Jaan_Tonisson_(Lasteleht), lk 327
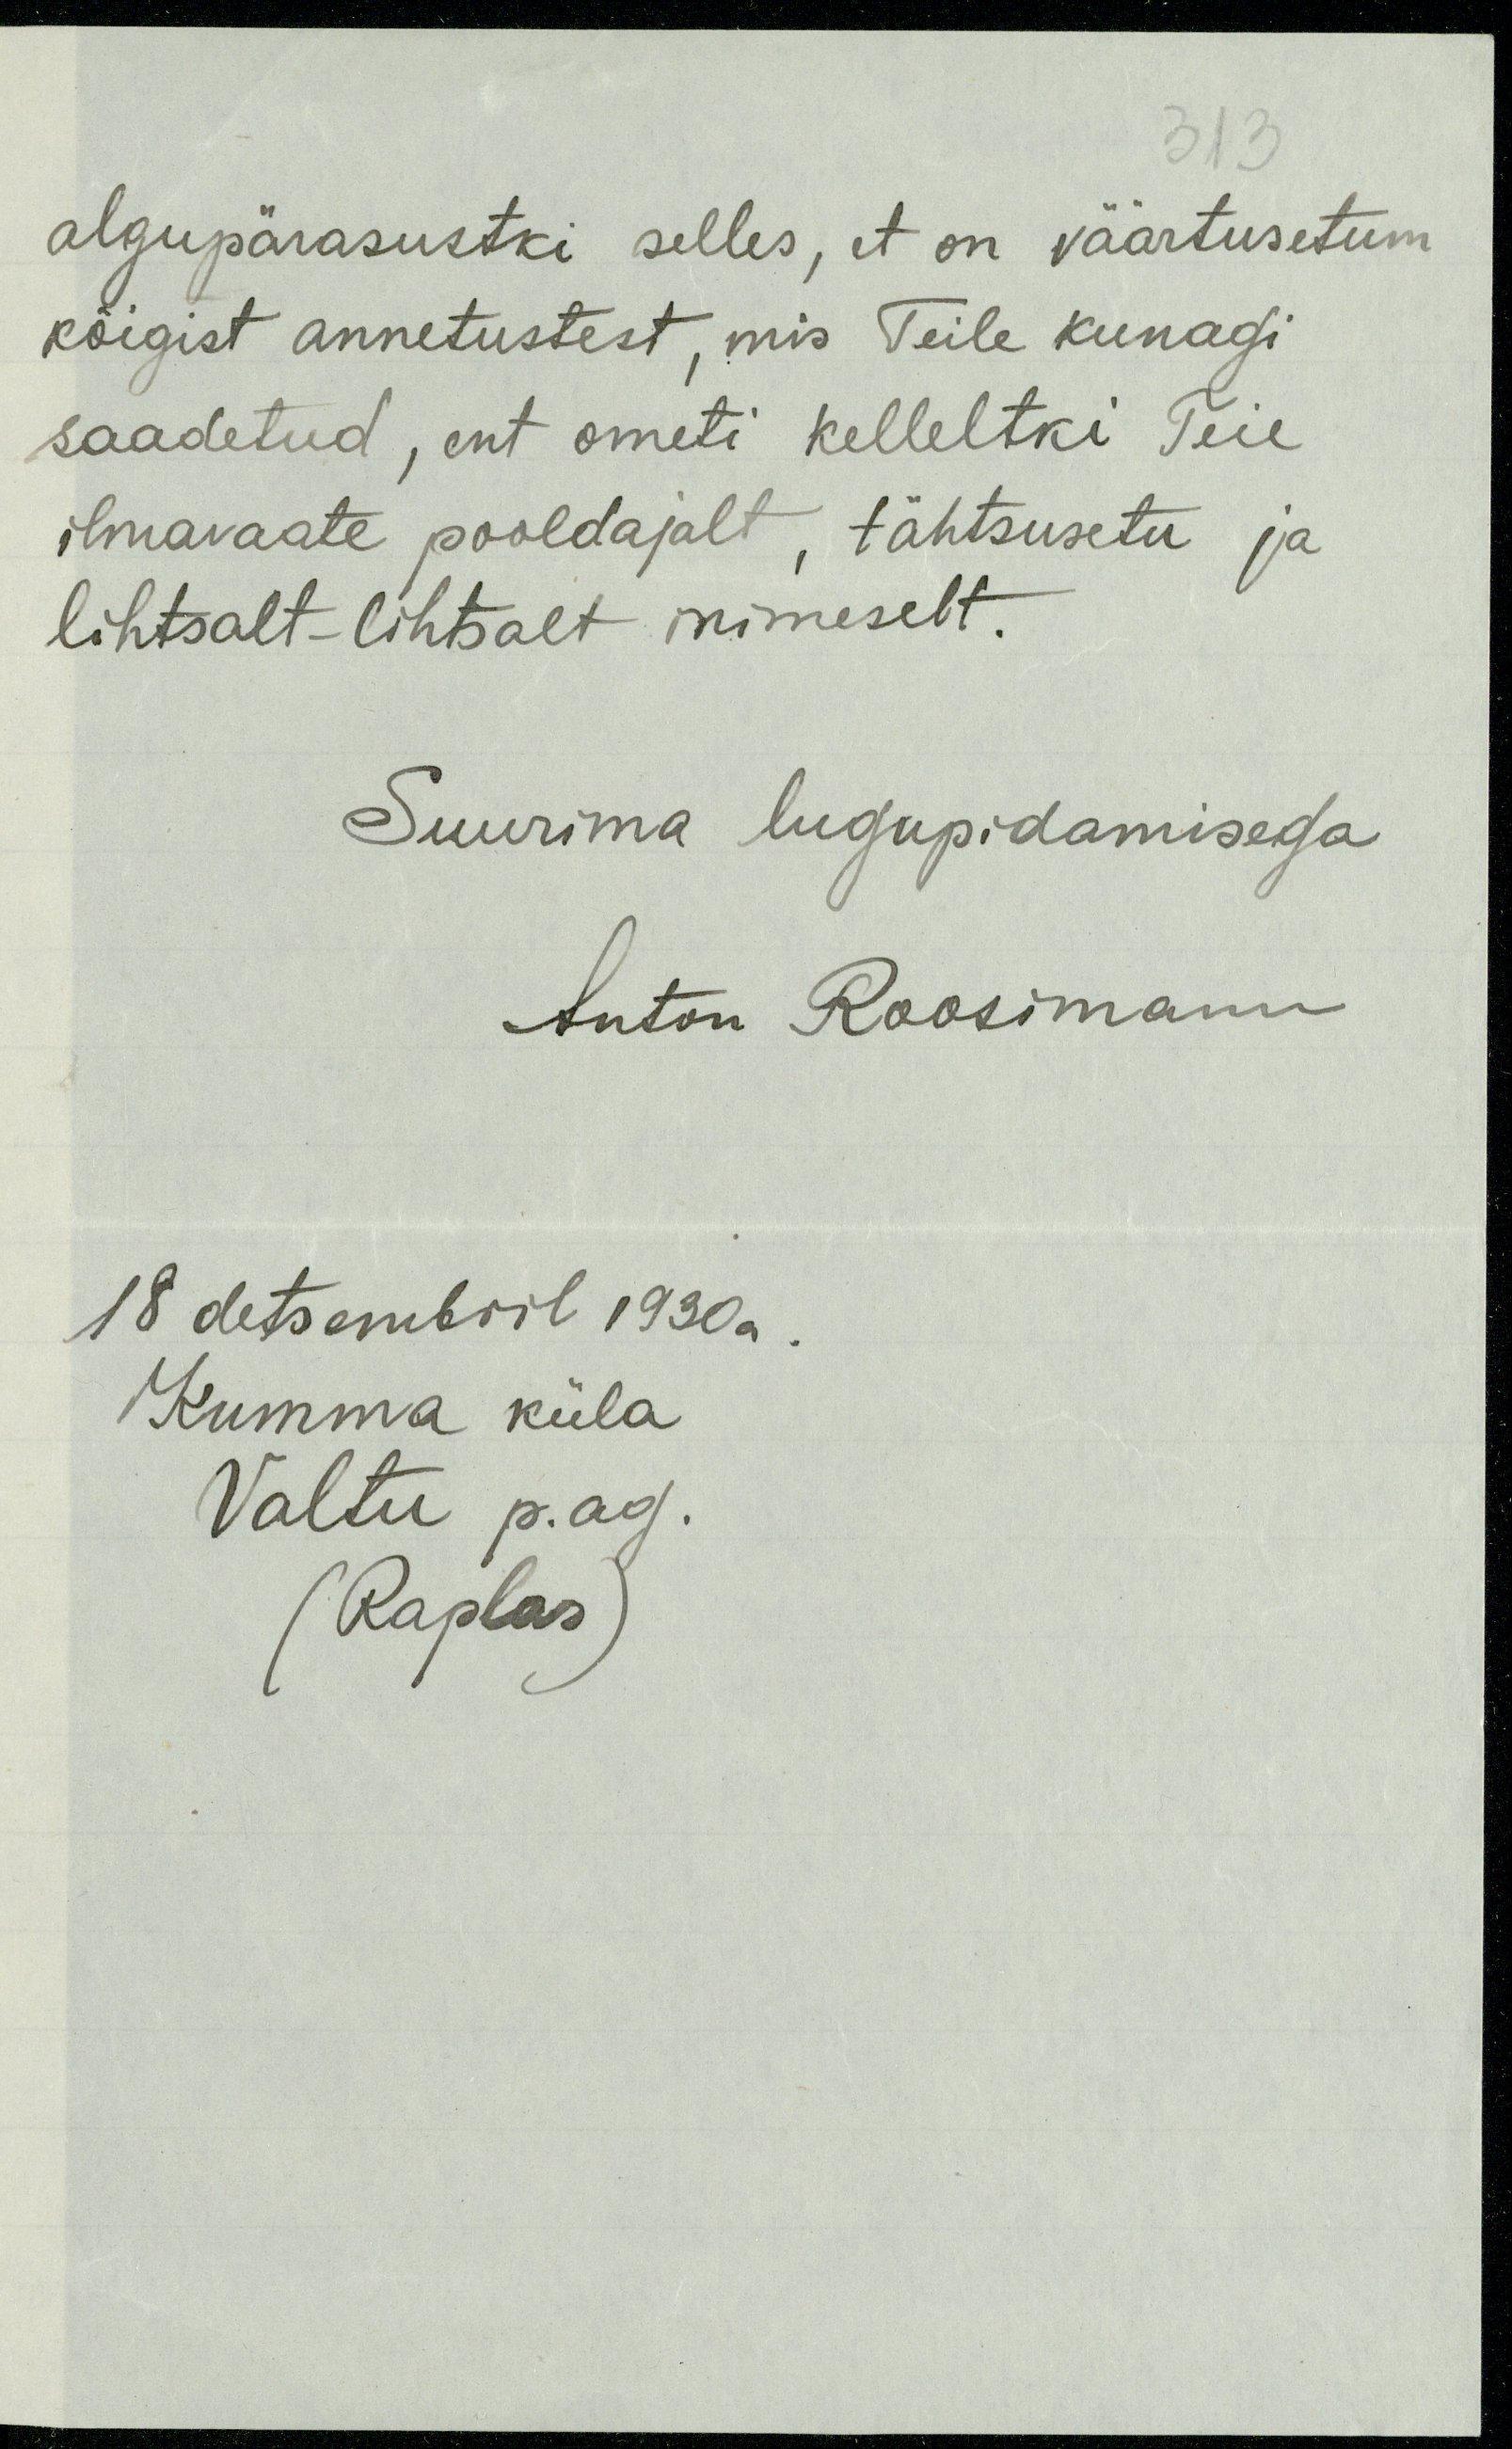
313
algupärasustki selles, et on väärtusetum
kõigist annetustest, mis Teile kunagi
saadetud, ent ometi kelleltki Teie
ilmavaate pooldajalt, tähtsusetu ja
lihtsalt-lihtsalt inimeselt.
Suurima lugupidamisega
Anton Roosimann
18 detsembril 1930a.
Kumma küla
Valtu p.ag.
(Raplas)